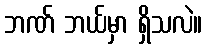
ဘဏ် ဘယ်မှာ ရှိသလဲ။